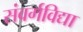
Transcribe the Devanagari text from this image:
संवर्गविद्या